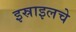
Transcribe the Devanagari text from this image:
इस्राइलचे